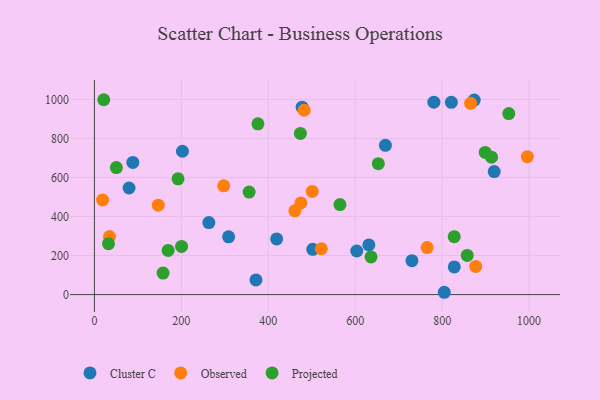
{"axis": {"x": "Distance", "y": "Exam Score"}, "legend": ["Cluster C", "Observed", "Projected"], "data": [{"x": "502.3", "y": 231.8, "type": "Cluster C"}, {"x": "781.0", "y": 985.3, "type": "Cluster C"}, {"x": "603.6", "y": 223.3, "type": "Cluster C"}, {"x": "477.9", "y": 959.9, "type": "Cluster C"}, {"x": "263.3", "y": 368.9, "type": "Cluster C"}, {"x": "827.9", "y": 141.8, "type": "Cluster C"}, {"x": "804.9", "y": 11.8, "type": "Cluster C"}, {"x": "669.5", "y": 764.6, "type": "Cluster C"}, {"x": "730.5", "y": 173.5, "type": "Cluster C"}, {"x": "873.8", "y": 996.3, "type": "Cluster C"}, {"x": "88.4", "y": 676.9, "type": "Cluster C"}, {"x": "79.7", "y": 546.0, "type": "Cluster C"}, {"x": "919.8", "y": 630.3, "type": "Cluster C"}, {"x": "308.7", "y": 295.6, "type": "Cluster C"}, {"x": "631.4", "y": 254.5, "type": "Cluster C"}, {"x": "202.5", "y": 734.1, "type": "Cluster C"}, {"x": "371.7", "y": 75.2, "type": "Cluster C"}, {"x": "419.3", "y": 285.1, "type": "Cluster C"}, {"x": "821.2", "y": 984.9, "type": "Cluster C"}, {"x": "522.1", "y": 234.8, "type": "Observed"}, {"x": "765.5", "y": 240.6, "type": "Observed"}, {"x": "877.2", "y": 144.0, "type": "Observed"}, {"x": "482.5", "y": 944.1, "type": "Observed"}, {"x": "996.1", "y": 706.2, "type": "Observed"}, {"x": "18.9", "y": 484.5, "type": "Observed"}, {"x": "297.5", "y": 557.3, "type": "Observed"}, {"x": "146.9", "y": 457.9, "type": "Observed"}, {"x": "501.2", "y": 528.3, "type": "Observed"}, {"x": "865.4", "y": 979.5, "type": "Observed"}, {"x": "461.2", "y": 429.2, "type": "Observed"}, {"x": "34.7", "y": 297.6, "type": "Observed"}, {"x": "475.1", "y": 469.3, "type": "Observed"}, {"x": "653.2", "y": 670.5, "type": "Projected"}, {"x": "192.4", "y": 592.8, "type": "Projected"}, {"x": "913.6", "y": 703.9, "type": "Projected"}, {"x": "376.2", "y": 874.9, "type": "Projected"}, {"x": "564.9", "y": 460.9, "type": "Projected"}, {"x": "21.5", "y": 998.1, "type": "Projected"}, {"x": "32.4", "y": 260.8, "type": "Projected"}, {"x": "636.5", "y": 192.9, "type": "Projected"}, {"x": "899.1", "y": 728.3, "type": "Projected"}, {"x": "50.5", "y": 650.6, "type": "Projected"}, {"x": "158.0", "y": 110.1, "type": "Projected"}, {"x": "169.6", "y": 226.3, "type": "Projected"}, {"x": "827.8", "y": 296.4, "type": "Projected"}, {"x": "857.7", "y": 200.5, "type": "Projected"}, {"x": "355.9", "y": 525.3, "type": "Projected"}, {"x": "953.3", "y": 927.1, "type": "Projected"}, {"x": "200.5", "y": 246.8, "type": "Projected"}, {"x": "473.9", "y": 825.6, "type": "Projected"}]}